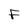
Character: F